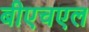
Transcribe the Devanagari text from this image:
बीएचएल